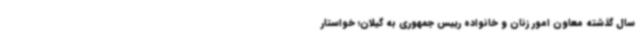
سال گذشته معاون امور زنان و خانواده رییس جمهوری به گیلان؛ خواستار